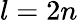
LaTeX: l=2n